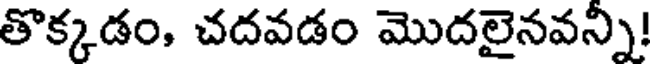
తొక్కడం, చదవడం మొదలైనవన్ని!